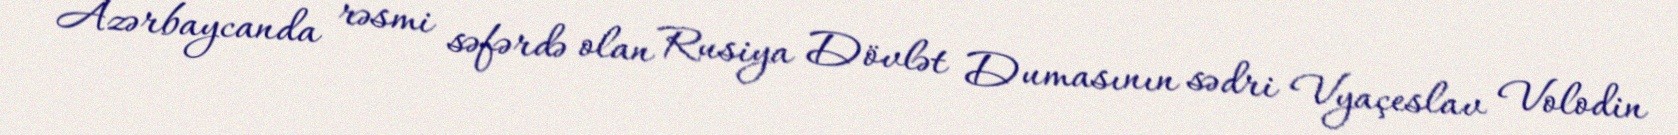
Azərbaycanda rəsmi səfərdə olan Rusiya Dövlət Dumasının sədri Vyaçeslav Volodin